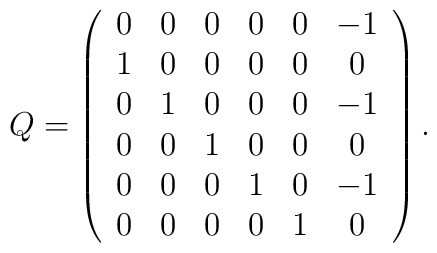
Q=\left( \begin{array}{cccccc}0 & 0 & 0 & 0 & 0 & -1  \\ 1 & 0 & 0 & 0 & 0 & 0  \\ 0 & 1 & 0 & 0 & 0 & -1 \\ 0 & 0 & 1 & 0 & 0 & 0  \\ 0 & 0 & 0 & 1 & 0 & -1 \\ 0 & 0 & 0 & 0 & 1 & 0  \end{array}\right).